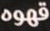
قهوه